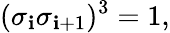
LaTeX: (\sigma_{\mathbf{i}}\sigma_{\mathbf{i}+1})^{3}=1,